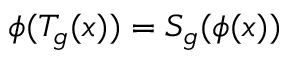
\phi ( T _ { g } ( x ) ) = S _ { g } ( \phi ( x ) )